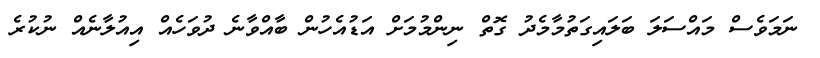
ނަމަވެސް މައްސަލަ ބަލައިގަތުމާމެދު ގޮތް ނިންމުމަށް އަޑުއެހުން ބާއްވާނެ ދުވަހެއް އިއުލާނެއް ނުކުރެ